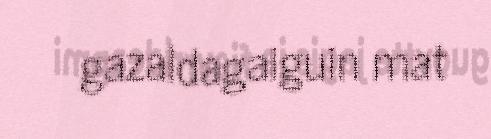
gazaldagaiguin mat